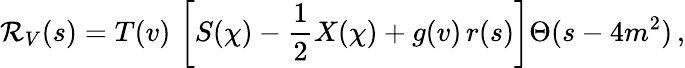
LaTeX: {\cal{R}}_{V}(s)=T(v)\, \left[S(\chi)-\frac{1}{2}X(\chi)+g(v)\, r(s)\right]\Theta(s-4m^{2})\, ,